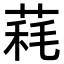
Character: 𦳁